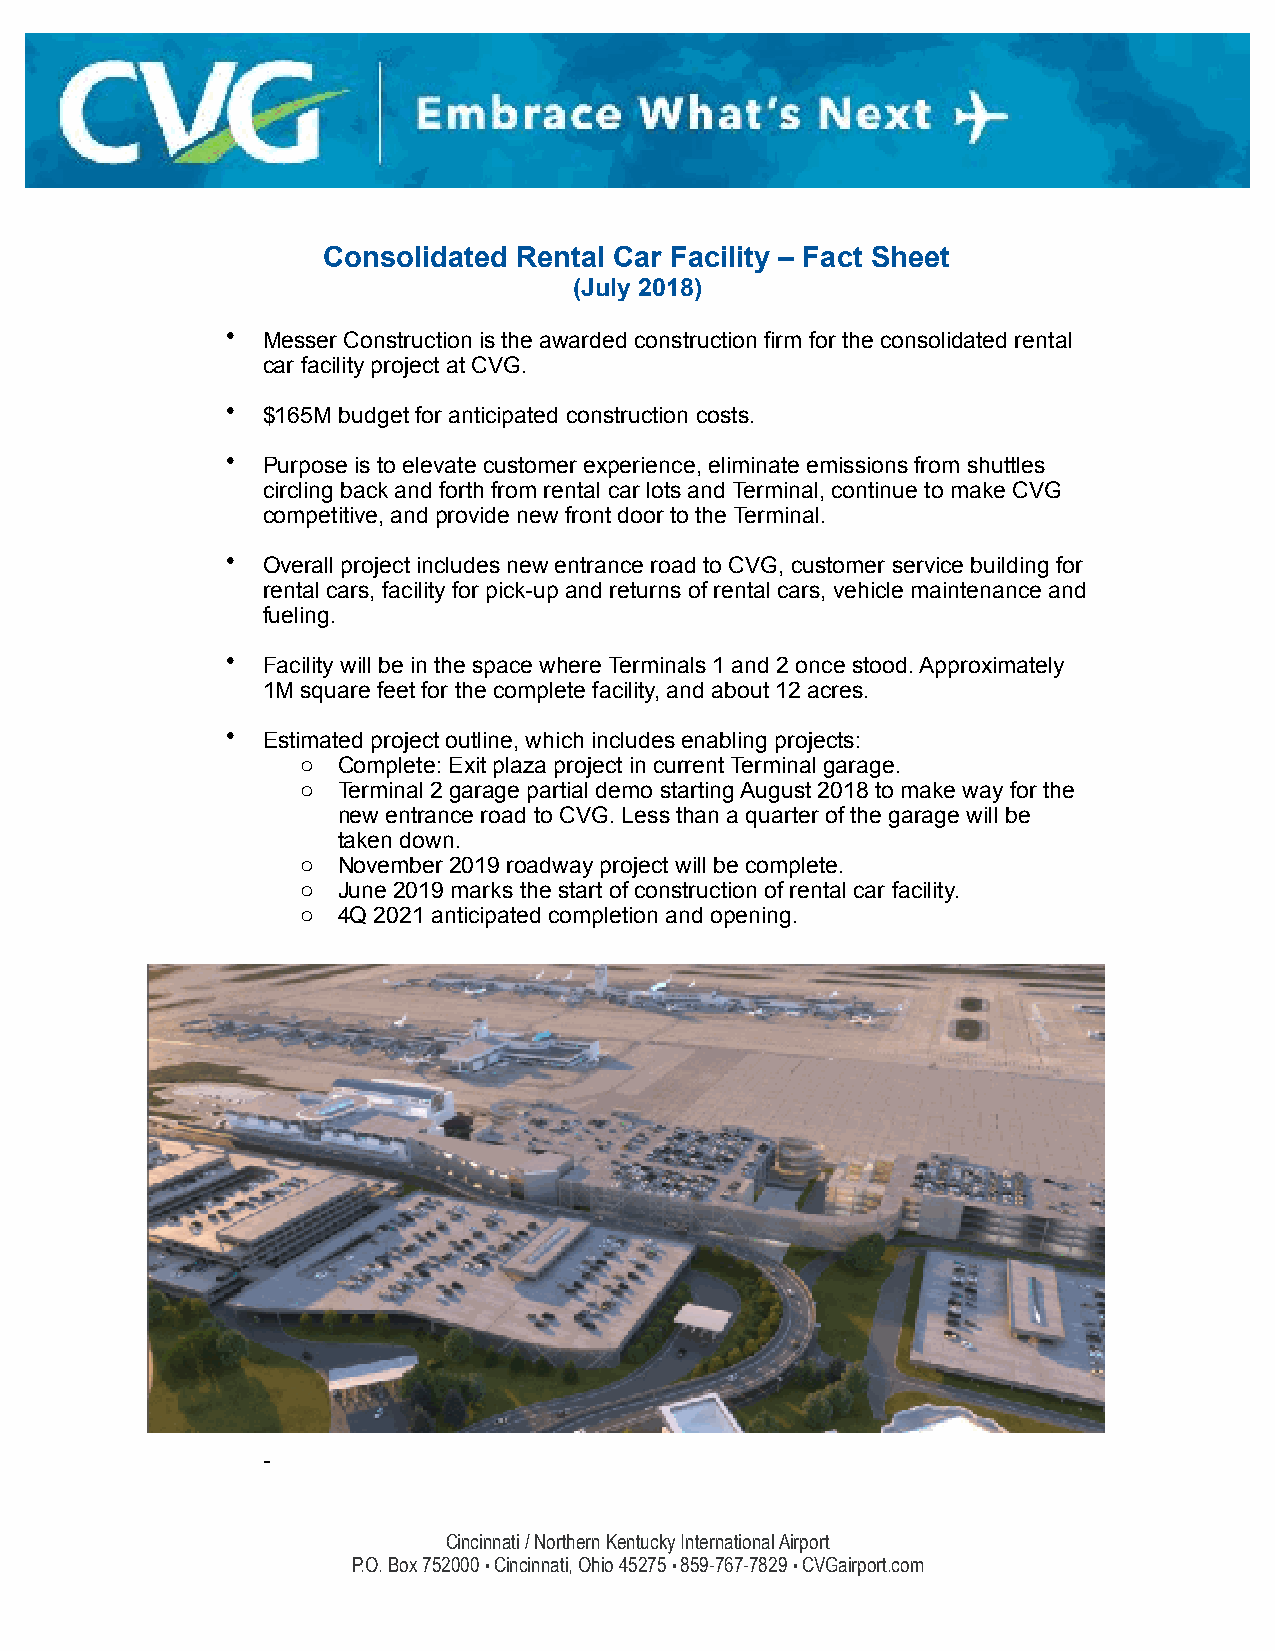
Consolidated Rental Car Facility – Fact Sheet
 (July 2018)
 • Messer Construction is the awarded construction firm for the consolidated rental
 car facility project at CVG.
 • $165M budget for anticipated construction costs.
 • Purpose is to elevate customer experience, eliminate emissions from shuttles
 circling back and forth from rental car lots and Terminal, continue to make CVG
 competitive, and provide new front door to the Terminal.
 • Overall project includes new entrance road to CVG, customer service building for
 rental cars, facility for pick-up and returns of rental cars, vehicle maintenance and
 fueling.
 • Facility will be in the space where Terminals 1 and 2 once stood. Approximately
 1M square feet for the complete facility, and about 12 acres.
 • Estimated project outline, which includes enabling projects:
 o Complete: Exit plaza project in current Terminal garage.
 o Terminal 2 garage partial demo starting August 2018 to make way for the
 new entrance road to CVG. Less than a quarter of the garage will be
 taken down.
 o November 2019 roadway project will be complete.
 o June 2019 marks the start of construction of rental car facility.
 o 4Q 2021 anticipated completion and opening.
 -
 Cincinnati / Northern Kentucky International Airport
 P.O. Box 752000 • Cincinnati, Ohio 45275 • 859-767-7829 • CVGairport.com